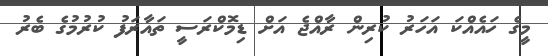
މީގެ ހައެއްކަ އަހަރު ކުރިން ރާއްޖެ އަށް ޑިމޮކްރަސީ ތައާރަފު ކުރުމުގެ ބެރު